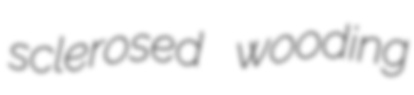
sclerosed wooding